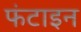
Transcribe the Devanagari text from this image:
फंटाइन